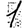
Digit: 1